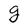
Character: g